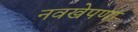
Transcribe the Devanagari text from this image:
नवखेपणा